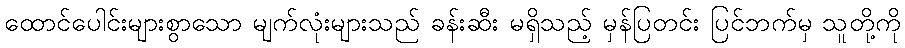
ထောင်ပေါင်းများစွာသော မျက်လုံးများသည် ခန်းဆီး မရှိသည့် မှန်ပြတင်း ပြင်ဘက်မှ သူတို့ကို